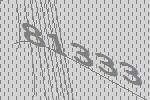
81333